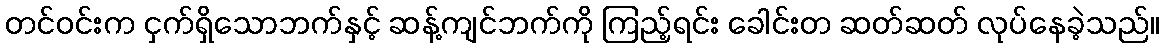
တင်ဝင်းက ငှက်ရှိသောဘက်နှင့် ဆန့်ကျင်ဘက်ကို ကြည့်ရင်း ခေါင်းတ ဆတ်ဆတ် လုပ်နေခဲ့သည်။